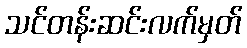
သင်တန်းဆင်းလက်မှတ်